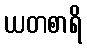
ယတစာရိ